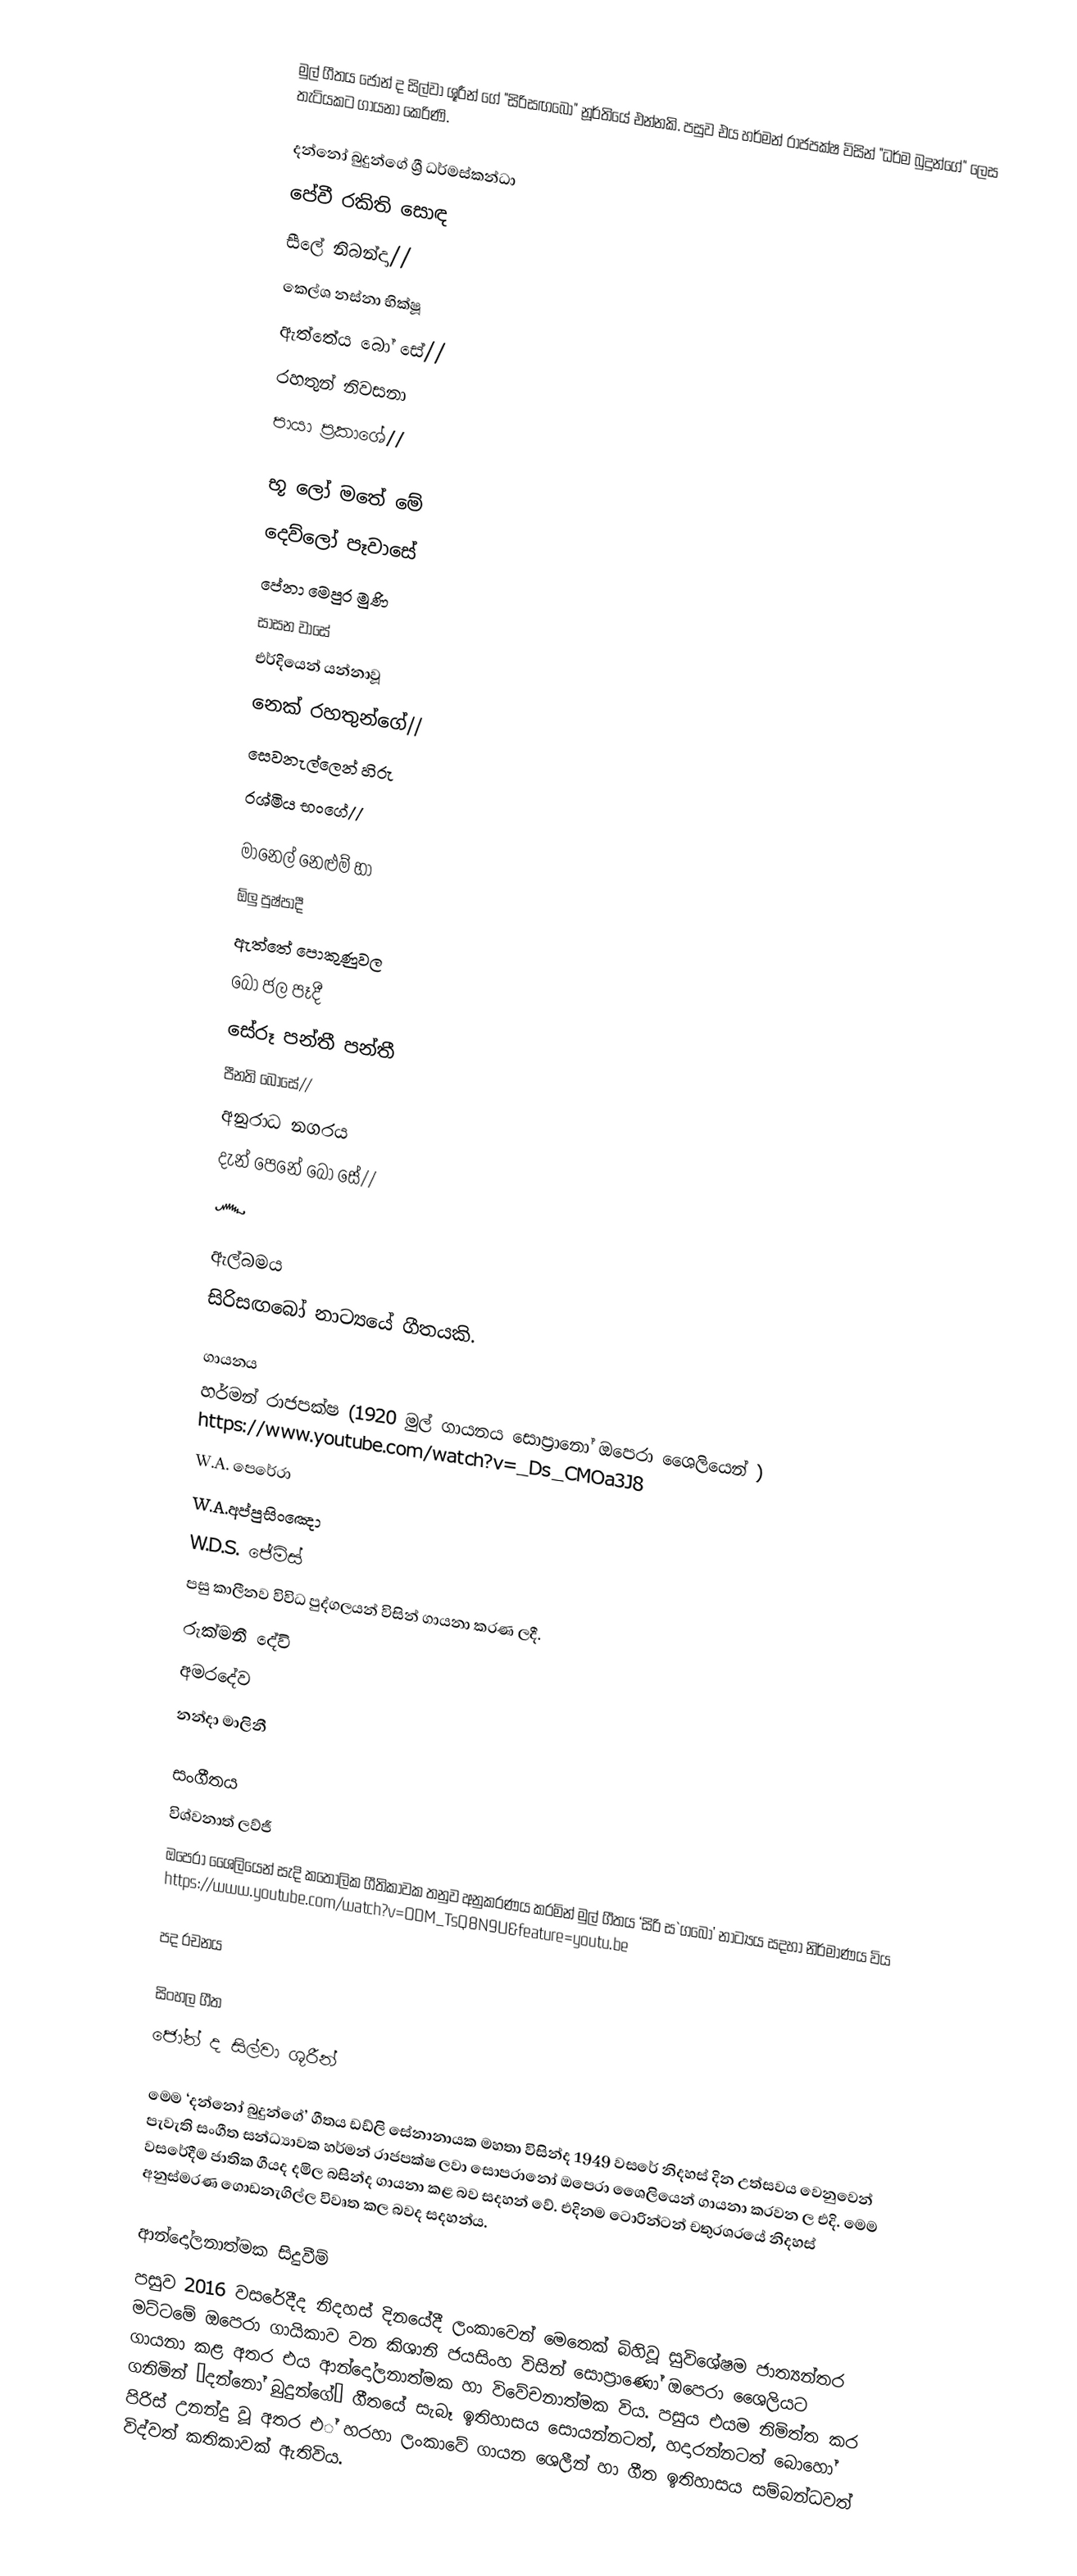
මුල් ගීතය ජෝන් ද සිල්වා ශූරීන් ගේ "සිරිසඟබෝ" නූර්තියේ එන්නකි. පසුව එය හර්මන් රාජපක්ෂ විසින් "ධර්ම බුදුන්ගේ" ලෙස තැටියකට ගායනා කෙරිණි.

දන්නෝ බුදුන්ගේ ශ්‍රී ධර්මස්කන්ධා
පේවී රකිති සොඳ
සීලේ නිබන්දා//
ක‍්ලේශ නස්නා භික්ෂූ
ඇත්තේය බෝ සේ//
රහතුන් නිවසනා
පායා ප්‍රකාශේ//

භූ ලෝ මතේ මේ
දෙව්ලෝ පෑවාසේ
පේනා මෙපුර මුණි
සාසන වාසේ
එර්දියෙන් යන්නාවූ
නෙක් රහතුන්ගේ//
සෙවනැල්ලෙන් හිරු
රශ්මිය භංගේ//

මානෙල් නෙළුම් හා
ඕලු පුෂ්පාදී
ඇත්තේ පොකුණුවල
බෝ ජල පෑදී
සේරූ පන්තී පන්තී
පීනති බෝසේ//
අනුරාධ නගරය
දැන් පෙනේ බෝ සේ//
෴

ඇල්බමය
සිරිසඟබෝ නාට්‍යයේ ගීතයකි.

ගායනය
 හර්මන් රාජපක්ෂ (1920  මුල් ගායනය සොප‍්‍රානෝ ඔපෙරා ශෛලියෙන් ) https://www.youtube.com/watch?v=_Ds_CMOa3J8
 W.A. පෙරේරා
 W.A.අප්පුසිංඤො
 W.D.S. ජේමිස්
පසු කාලීනව විවිධ පුද්ගලයන් විසින් ගායනා කරණ ලදී.
 රුක්මනී දේවි
 අමරදේව
නන්දා මාලිනී

සංගීතය
 විශ්වනාත් ලව්ජී
 ඔපෙරා ශෛලියෙන් සැදි කතෝලික ගීතිකාවක තනුව අනුකරණය කරමින් මුල් ගීතය ‘සිරි ස`ගබෝ’ නාට්‍යය සදහා නිර්මාණය විය https://www.youtube.com/watch?v=ODM_TsQ8N9U&feature=youtu.be

පද රචනය

සිංහල ගීත
‍ජෝන් ද සිල්වා ශූරීන්

මෙම ‘දන්නෝ බුදුන්ගේ’ ගීතය ඩඩ්ලි සේනානායක මහතා විසින්ද 1949 වසරේ නිදහස් දින උත්සවය වෙනුවෙන් පැවැති සංගීත සන්ධ්‍යාවක හර්මන් රාජපක්ෂ ලවා සොප‍්‍රානෝ ඔපෙරා ශෛලියෙන් ගායනා කරවන ල එදි. මෙම වසරේදීම ජාතික ගීයද දමිල බසින්ද ගායනා කළ බව සදහන් වේ. එදිනම ටොරින්ටන් චතුරශ‍්‍රයේ නිදහස් අනුස්මරණ ගොඩනැගිල්ල විවෘත කල බවද සදහන්ය.

ආන්දෝලනාත්මක සිදුවීම්
පසුව 2016 වසරේදීද නිදහස් දිනයේදී ලංකාවෙන් මෙතෙක් බිහිවූ සුවිශේෂම ජාත්‍යන්තර මට්ටමේ ඔපෙරා ගායිකාව වන කිශානි ජයසිංහ  විසින් සොප‍්‍රාණෝ ඔපෙරා ශෛලියට ගායනා කළ අතර එය ආන්දෝලනාත්මක හා විවේචනාත්මක විය. පසුය එයම නිමිත්ත කර ගනිමින් ‘දන්නෝ බුදුන්ගේ’ ගීතයේ සැබෑ ඉතිහාසය  සොයන්නටත්, හදාරන්නටත් බොහෝ පිරිස් උනන්දු වූ අතර එ් හරහා ලංකාවේ ගායන ශෙලීන් හා ගීත ඉතිහාසය සම්බන්ධවත් විද්වත් කතිකාවක් ඇතිවිය.